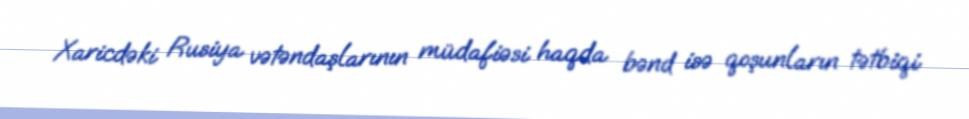
Xaricdəki Rusiya vətəndaşlarının müdafiəsi haqda bənd isə qoşunların tətbiqi